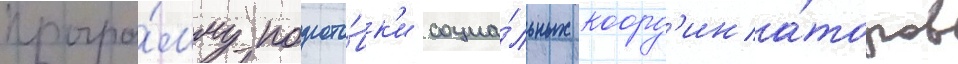
програ́мму подгото́вк'и социа́льных коорд'ина́торов